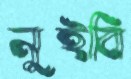
নুইবি